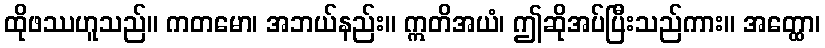
ထိုဖဿဟူသည်။ ကတမော၊ အဘယ်နည်း။ ဣတိအယံ၊ ဤဆိုအပ်ပြီးသည်ကား။ အတ္ထော၊